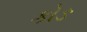
કોઙ